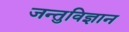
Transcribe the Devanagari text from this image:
जन्तुविज्ञान